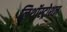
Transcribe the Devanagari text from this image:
लिथॉस्ट्रोशन